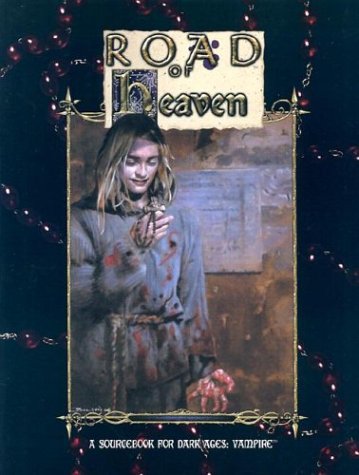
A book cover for Road of Heaven; C.A. Suleiman; Science Fiction & Fantasy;